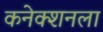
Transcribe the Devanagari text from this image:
कनेक्शनला